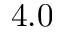
4 . 0